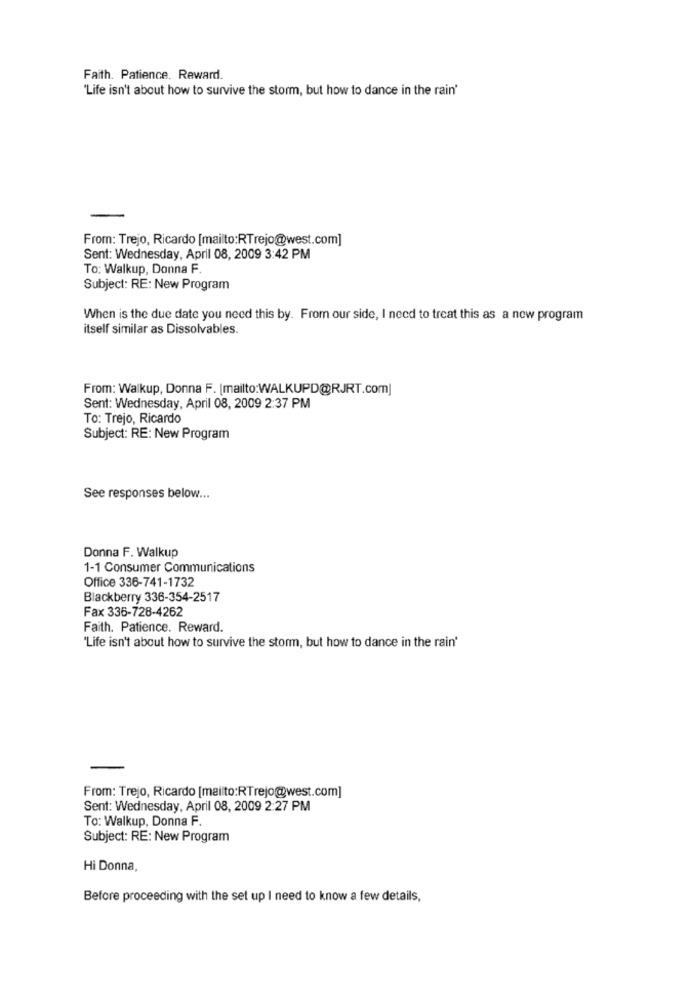
Faith. Patience. Reward.
'Life isn't about how to survive the storm, but how to dance in the rain'
From: Trejo, Ricardo [mailto:RTrejo@west.com]
Sent: Wednesday, April 08, 2009 3:42 PM
To: Walkup, Donna F.
Subject: RE: New Program
When is the due date you need this by. From our side, I need to treat this as a new program
itself similar as Dissolvables.
From: Walkup, Donna F. [mailto:WALKUPD@RJRT.com]
Sent: Wednesday, April 08, 2009 2:37 PM
To: Trejo, Ricardo
Subject: RE: New Program
See responses below ...
Donna F. Walkup
1-1 Consumer Communications
Office 336-741-1732
Blackberry 336-354-2517
Fax 336-728-4262
Faith. Patience. Reward.
'Life isn't about how to survive the storm, but how to dance in the rain'
From: Trejo, Ricardo [mailto:RTrejo@west.com]
Sent: Wednesday, April 08, 2009 2:27 PM
To: Walkup, Donna F.
Subject: RE: New Program
Hi Donna,
Before proceeding with the set up I need to know a few details,